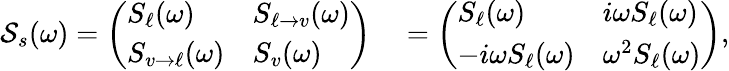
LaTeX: \begin{array}{rl}{\mathcal{S}_{s}(\omega)=\left(\begin{array}{ll}{S_{\ell}(\omega)}&{S_{\ell\to v}(\omega)}\\ {S_{v\to\ell}(\omega)}&{S_{v}(\omega)}\end{array}\right)}&{{}=\left(\begin{array}{ll}{S_{\ell}(\omega)}&{i\omega S_{\ell}(\omega)}\\ {-i\omega S_{\ell}(\omega)}&{\omega^{2}S_{\ell}(\omega)}\end{array}\right),}\end{array}